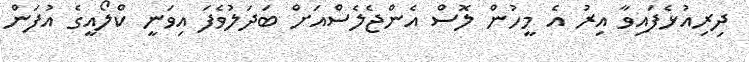
ދިރިއުޅެފައިވާ އިރު އެ މީހުން ލޮސް އެންޖެލެސްއަށް ބަދަލުވެފަ އިވަނީ ކްލޯއީގެ އުފަން